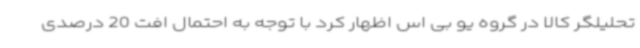
تحلیلگر کالا در گروه یو بی اس اظهار کرد با توجه به احتمال افت 20 درصدی